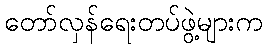
တော်လှန်ရေးတပ်ဖွဲ့များက